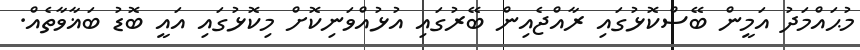
މުޙައްމަދު އަމީން ބޭސްކޮޅުގައި ރާއްޖެއިން ބޭރުގައި އުޅުއްވަނިކޮށް މިކޮޅުގައި އައީ ބޮޑު ބަޣާވާތެއް.